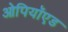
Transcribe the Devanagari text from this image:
ओपियॉएड